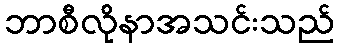
ဘာစီလိုနာအသင်းသည်